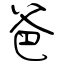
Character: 爸